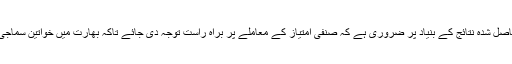
تحقیق کے معاون محقق نندیتا سیکھیا نے بتایا کہ حاصل شدہ نتائج کے بنیاد پر ضروری ہے کہ صنفی امتیاز کے معاملے پر براہ راست توجہ دی جائے تاکہ بھارت میں خواتین سماجی اور اقتصادی معاملات میں اپنا کردار ادا کر سکیں۔